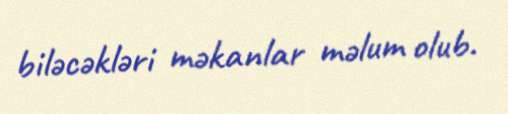
biləcəkləri məkanlar məlum olub.